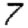
Digit: 7